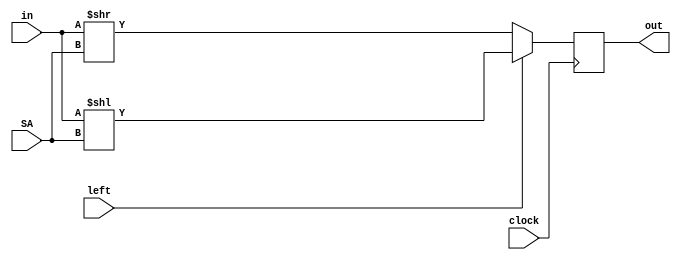
module barrelshifter_4bit(input clock, input [1:0] SA, input left, input [3:0] in, output reg [3:0] out=0);

always @(posedge clock) begin
    if (left) begin
        out <= in << SA;
    end
    else begin
        out <= in >> SA;
    end
end

endmodule